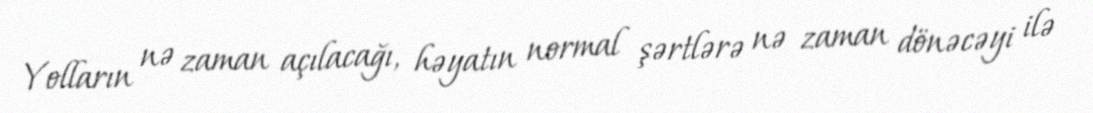
Yolların nə zaman açılacağı, həyatın normal şərtlərə nə zaman dönəcəyi ilə